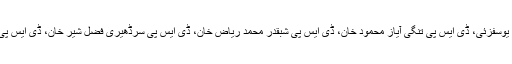
اس موقع پر ڈی ایس پی ہیڈ کوارٹرز شہنشاہ گوہر خان، ڈی ایس پی سٹی بشیر احمد یوسفزئی، ڈی ایس پی تنگی آیاز محمود خان، ڈی ایس پی شبقدر محمد ریاض خان، ڈی ایس پی سرڈھیری فضل شیر خان، ڈی ایس پی انوسٹی گیشن سعید خان اور میڈیا کے نمائندوں نے خصوصی طور پر شرکت کی۔